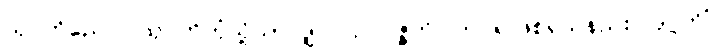
သုဂတိညေဝ၊ သုဂတိဘုံသို့သာလျှင်။ ဥပပဇ္ဇတိ၊ ကပ်၍ဖြစ်ရသနည်း။ ဒုဂ္ဂတိံ၊